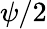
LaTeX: \psi/2